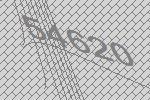
54620